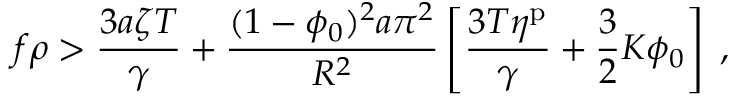
f \rho > \frac { 3 a \zeta T } { \gamma } + \frac { ( 1 - \phi _ { 0 } ) ^ { 2 } a \pi ^ { 2 } } { R ^ { 2 } } \left[ \frac { 3 T \eta ^ { \mathrm { p } } } { \gamma } + \frac { 3 } { 2 } K \phi _ { 0 } \right] \; ,